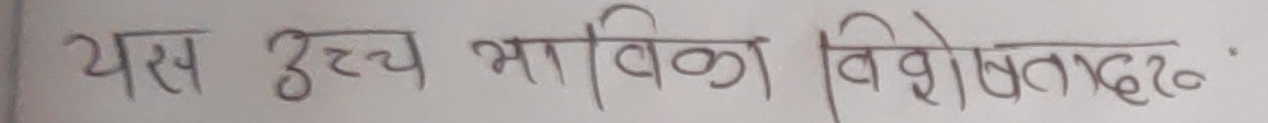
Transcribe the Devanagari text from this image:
यस उच्च भाविका विशेषताहरु.